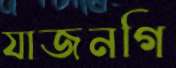
যাজনগি